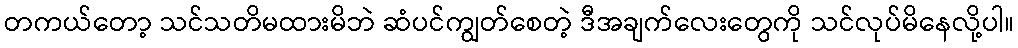
တကယ်တော့ သင်သတိမထားမိဘဲ ဆံပင်ကျွတ်စေတဲ့ ဒီအချက်လေးတွေကို သင်လုပ်မိနေလို့ပါ။